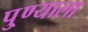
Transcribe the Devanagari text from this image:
पु्ण्याला